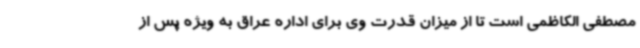
مصطفی الکاظمی است تا از میزان قدرت وی برای اداره عراق به ویژه پس از